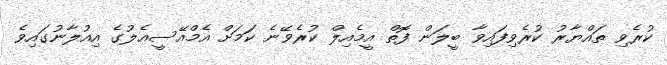
ކުރެވި ތައްޔާރު ކުރެވިފައިވާ ބީލަން ފޮތް އީމެއިލް ކުރެވޭނެ ކަމަށް އެމްއޭސީއެލުގެ އިއުލާނުގައިވެ